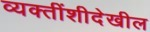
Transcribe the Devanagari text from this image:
व्यक्तींशीदेखील